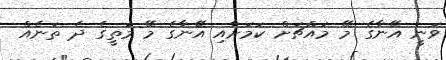
ވަނީ އޭނާގެ މޭ މައްޗަށް ކަމަށާއި އޭނާގެ މޭ މަތީގެ ދެ ތަނެއް